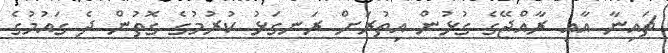
ޗައިނާ އާއި ރާއްޖޭގެ ގުޅުން އިތުރަށް ރަނގަޅު ކުރުމުގެ ގޮތުން ދެ ގައުމުގެ